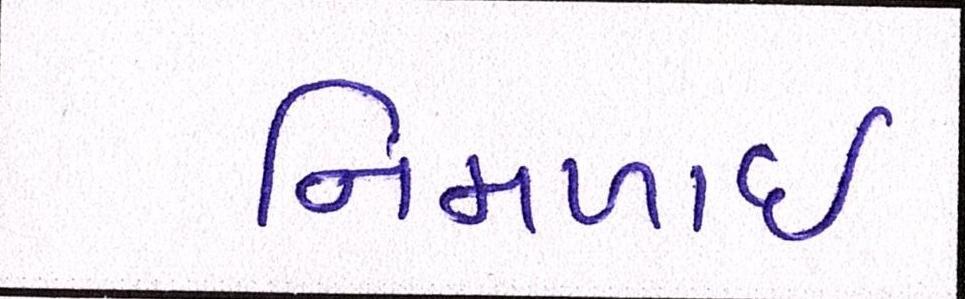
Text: નિમળાઈ